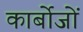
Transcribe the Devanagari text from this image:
कार्बोजों